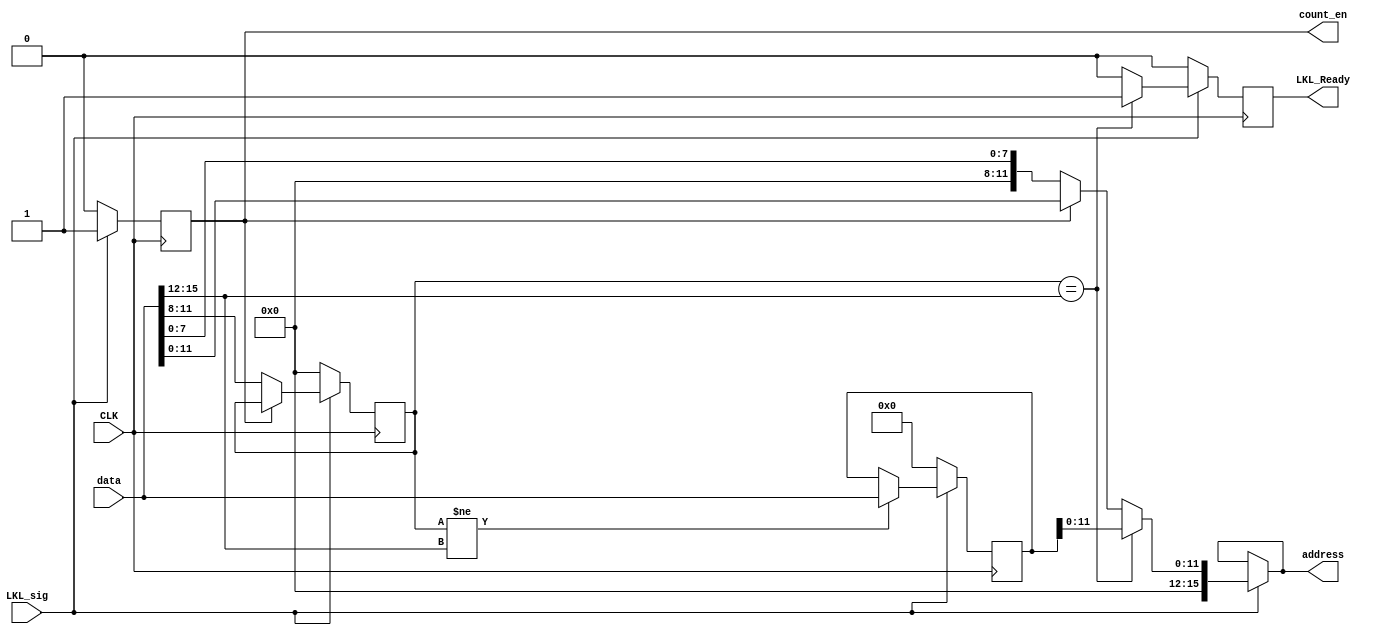
module LKL(
	input [15:0] data,
	input LKL_sig,
	input CLK,
	output [15:0] address, 
	output reg LKL_Ready,
	output reg count_en

);

reg [15:0] previous_data;
reg [3:0] target;

always@(posedge CLK)
begin

	if(!LKL_sig) 
	begin 
		count_en <= 0;
		LKL_Ready <= 0;
		target <= 0;
		previous_data <= 0;
	end 
	
	else 
	begin 
		count_en <= LKL_sig ? 1 : 0;
		LKL_Ready <= (target == data[15:12]) ? 1 : 0;
		//previous_data <= data;
		target <= count_en ? target : data[11:8];
		//LKL_Ready = (target == data[11:8]) ? 1 : 0;
		previous_data <= (target != data[15:12]) ? data[15:0] : previous_data[15:0];
		//address <= (target == data[11:8]) ? previous_data[11:0] : (count_en == 0) ? data[7:0] : data[11:0];
	end
end

assign address = LKL_sig ? ((target == data[15:12]) ? previous_data[11:0] : (count_en == 0) ? data[7:0] : data[11:0]) : address;

endmodule